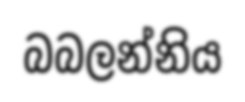
බබලන්නිය